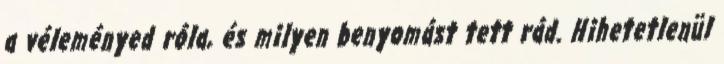
a véleményed róla, és milyen benyomást tett rád. Hihetetlenül